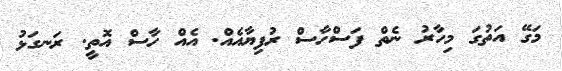
މަގޭ އަތުގަ މިހާރު ނެތް ފަސްހާސް ރުފިޔާއެއް. އެއް ހާސް އޮތީ. ރަނގަޅު